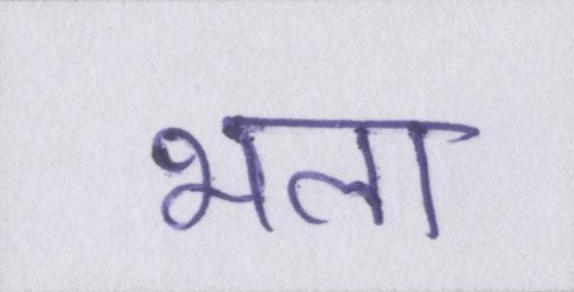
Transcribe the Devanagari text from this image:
भला